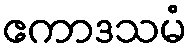
ဧကာဒသမံ